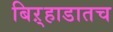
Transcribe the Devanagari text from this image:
बिऱ्हाडातच